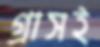
গ্রাসই